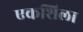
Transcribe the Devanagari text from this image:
एकशिला